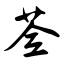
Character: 荃